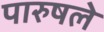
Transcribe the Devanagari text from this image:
पारुषले